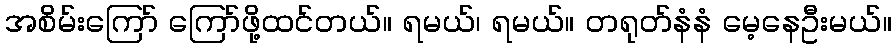
အစိမ်းကြော် ကြော်ဖို့ထင်တယ်။ ရမယ်၊ ရမယ်။ တရုတ်နံနံ မေ့နေဦးမယ်။